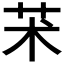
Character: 𦬸